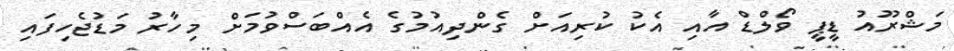
މަޝްރޫއު ޑީޕީ ވޯލްޑް އާއި އެކު ކުރިއަށް ގެންދިއުމުގެ އެއްބަސްވުމަށް މިހާރު މަޑުޖެހިފައި